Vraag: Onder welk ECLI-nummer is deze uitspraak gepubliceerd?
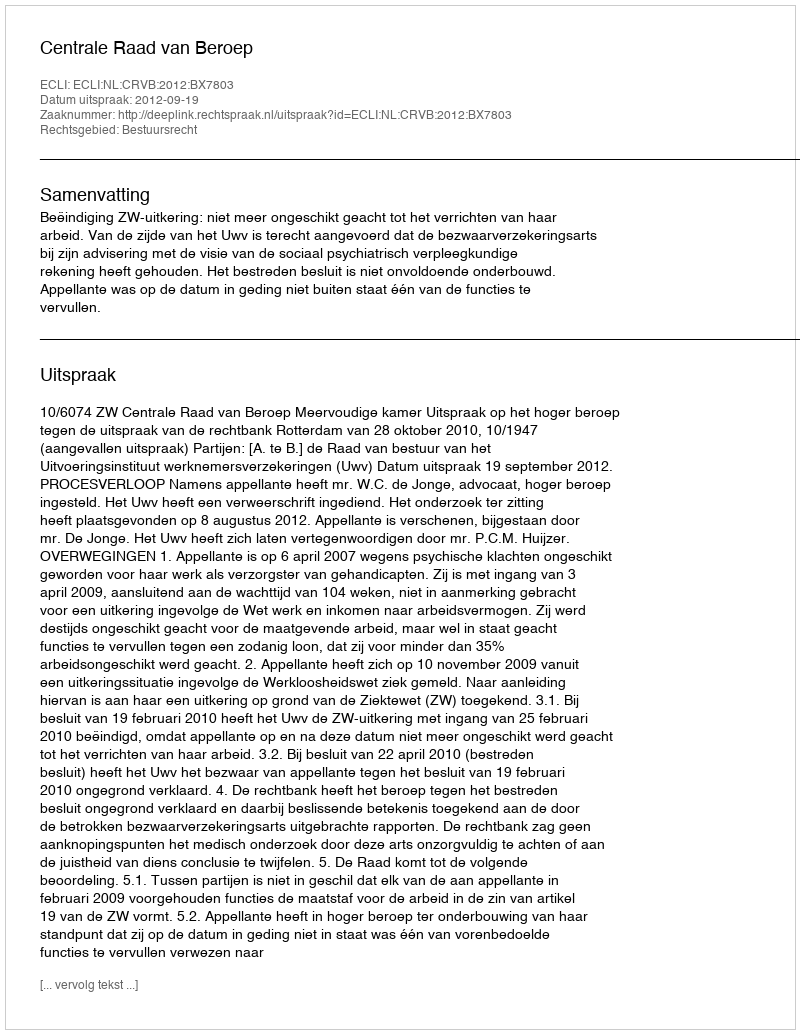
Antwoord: ECLI:NL:CRVB:2012:BX7803